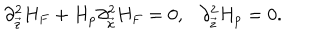
LaTeX: \partial _ { \vec { z } } ^ { 2 } H _ { F } + H _ { p } \partial _ { \vec { x } } ^ { 2 } H _ { F } = 0 , \ \ \ \partial _ { \vec { z } } ^ { 2 } H _ { p } = 0 .